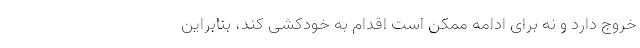
خروج دارد و نه برای ادامه ممکن است اقدام به خودکشی کند، بنابراین